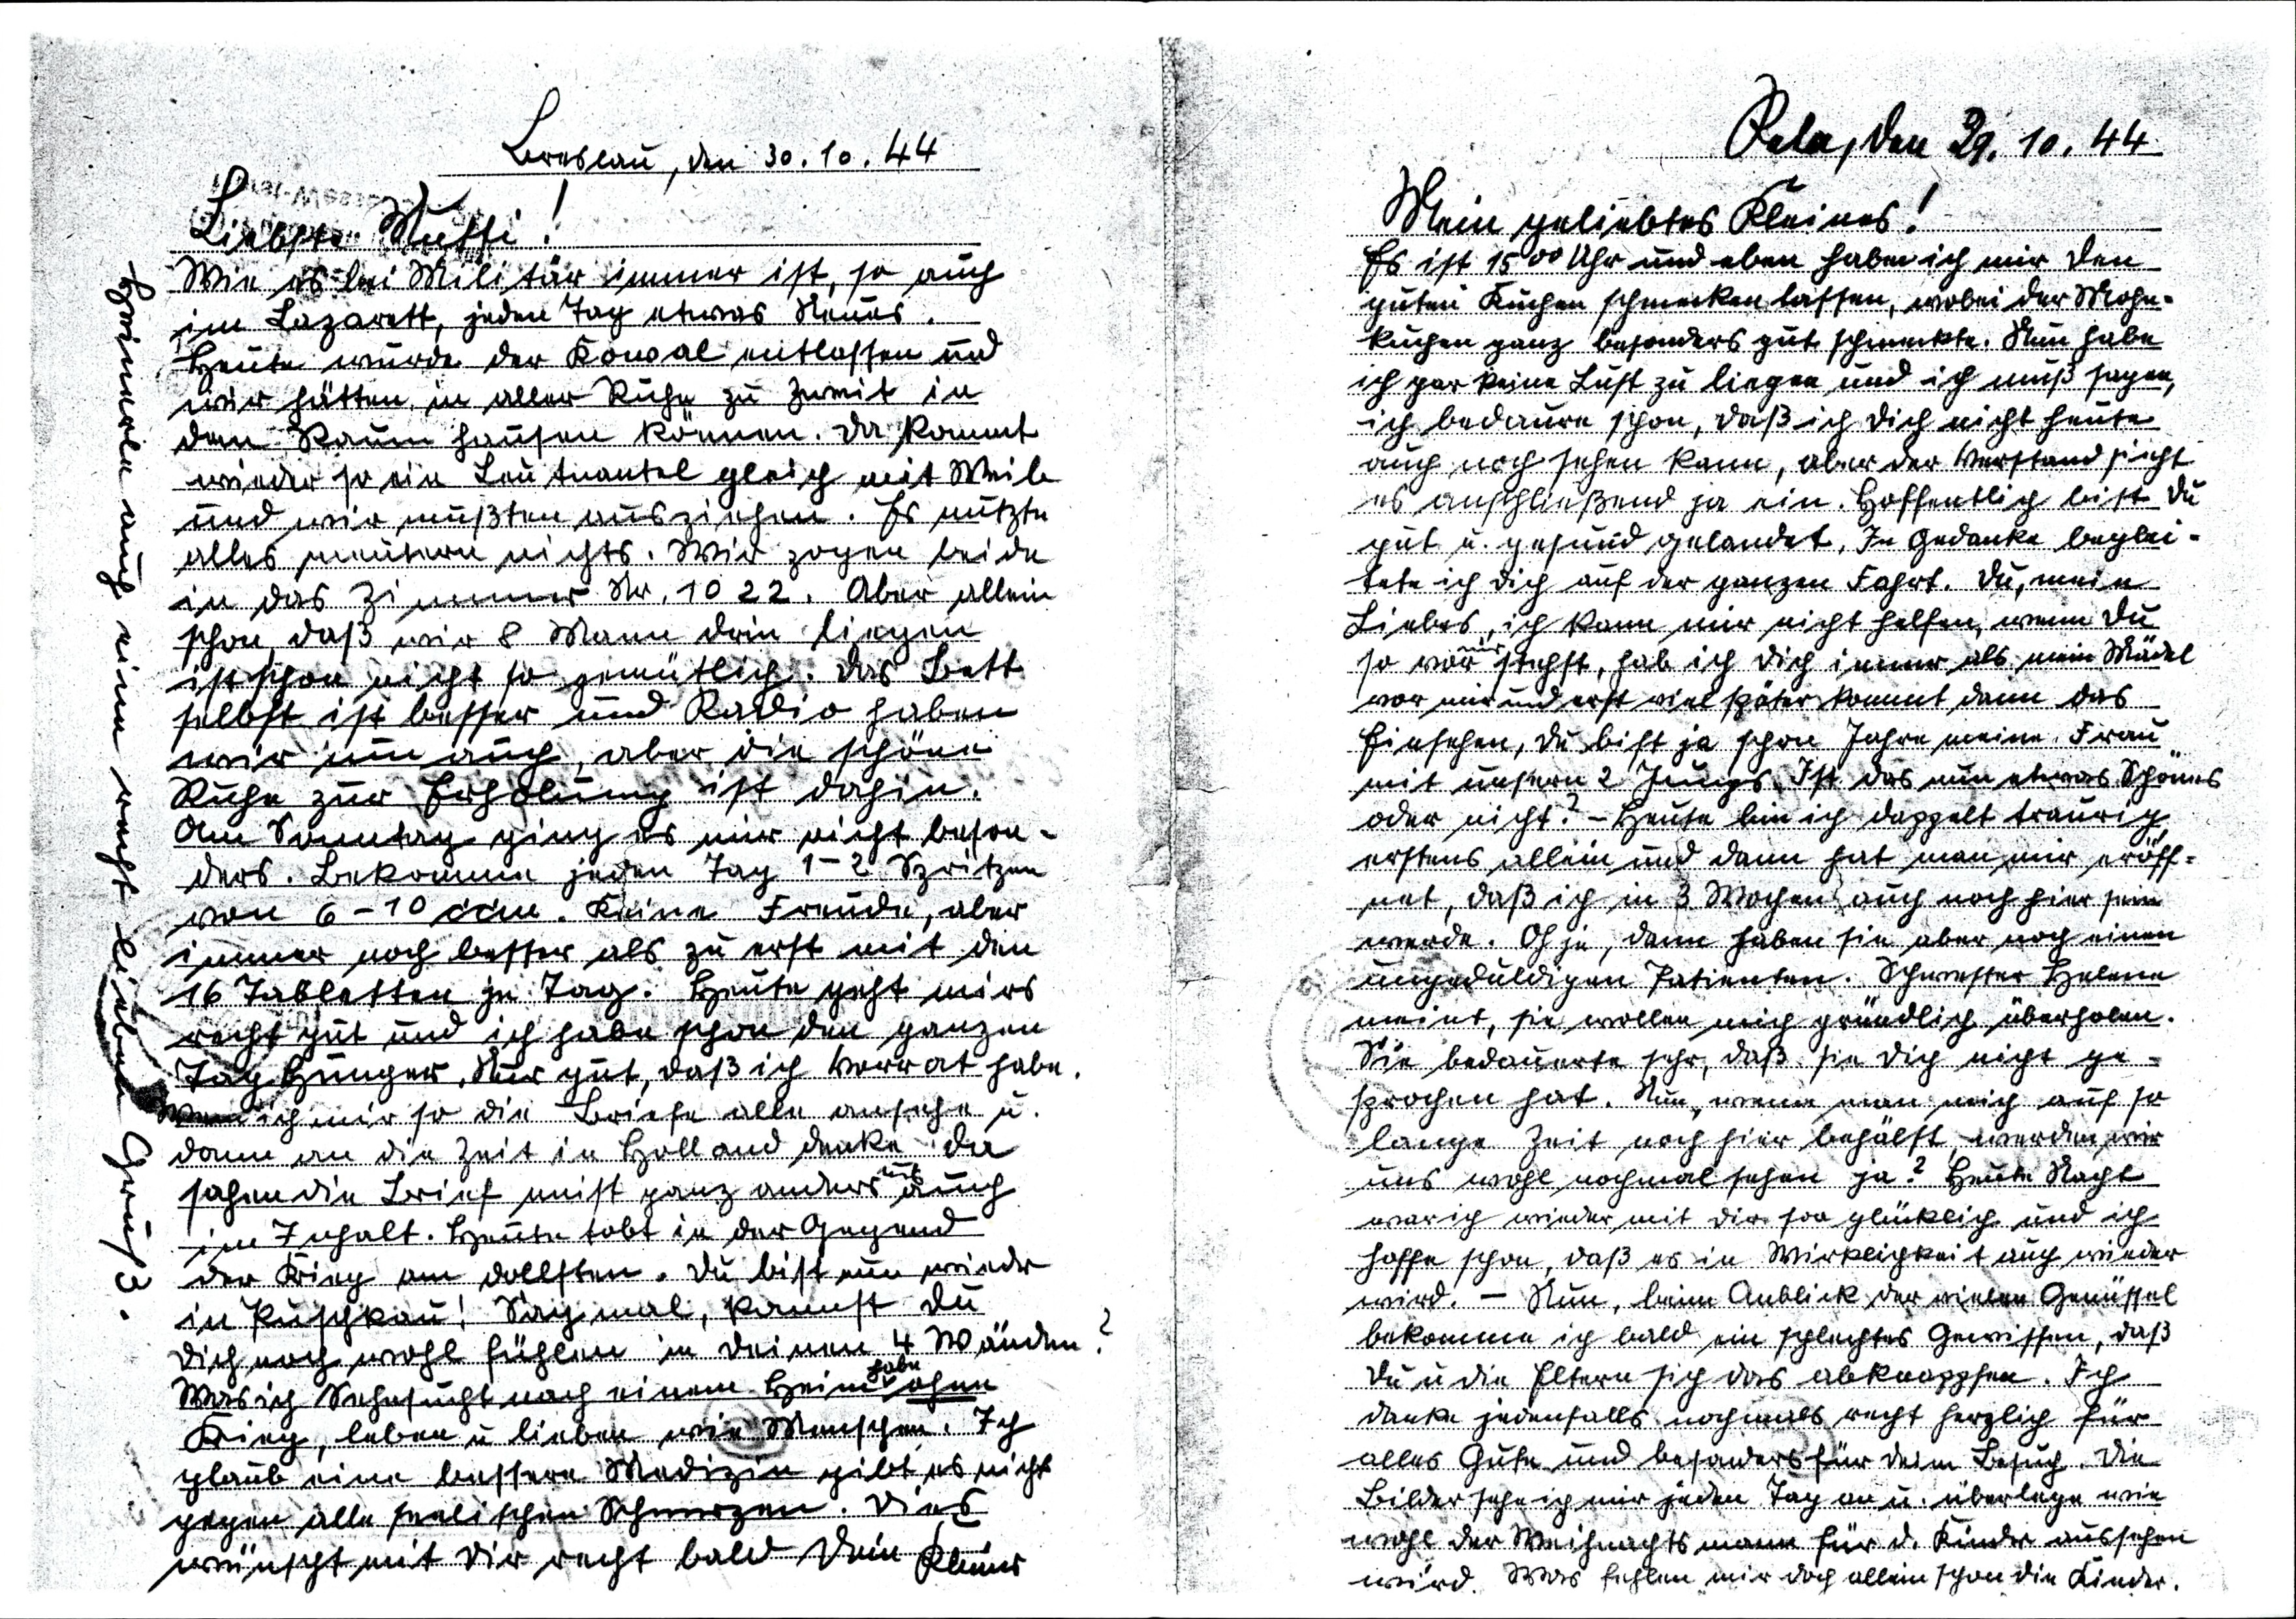
Pola, den 29. 10. 44
Mein geliebtes Kleines!
Es ist 15 00 Uhr und eben habe ich mir den
guten Kuchen schmecken lassen, wobei der Mohn¬
kuchen ganz besonders gut schmeckte. Nun habe
ich gar keine Lust zu liegen und ich muß sagen,
ich bedaure schon, daß ich Dich nicht heute
auch noch sehen kann, aber der Verstand sieht
es anschließend ja ein. Hoffentlich bist Du
gut u. gesund gelandet. In Gedanke beglei¬
tete ich Dich auf der ganzen Fahrt. Du, mein
Liebes, ich kann mir nicht helfen, wenn Du
so vor mir stehst, hab ich Dich immer als mein Mädl
vor mir und erst viel später kommt dann das
Einsehen, Du bist ja schon Jahre meine Frau
mit unseren 2 Jungs. Ist das nun etwas Schönes
oder nicht? - Heute bin ich doppelt traurig,
erstens allein und dann hat man mir eröff¬
net, daß ich in 3 Wochen auch noch hier sein
werde. Oh je, dann haben sie aber noch einen
ungeduldigen Patienten. Schwester Helene
meint, sie wollen mich gründlich überholen.
Sie bedauerte sehr, daß sie Dich nicht ge¬
sprochen hat. Nun, wenn man mich auf so
lange Zeit noch hier behält werden wir
uns wohl nochmal sehen ja? Heute Nacht
war ich wieder mit dir soo glücklich und ich
hoffe schon, daß es in Wirklichkeit auch wieder
wird. - Nun, beim Anblick der vielen Genüssel
bekomme ich bald ein schlechtes Gewissen, daß
Du u. die Eltern sich das abknappsen. Ich
danke jedenfalls nochmals recht herzlich für
alles Gute und besonders für dein Besuch. Die
Bilder sehe ich mir jeden Tag an u. überlege wie
wohl der Weihnachtsmann für d. Kinder aussehen
wird. Was fehlen mir doch allein schon die Kinder.

Breslau, den 30. 10. 44
Liebste Mutti !
Wie es bei Militär immer ist, so auch
im Lazarett, jeden Tag etwas Neues.
Heute wurde der Kowal entlassen und
wir hätten in aller Ruhe zu zweit in
dem Raum hausen können. Da kommt
wieder so ein Leutnantel gleich mit Weib
und wir mußten ausziehen. Es nutzte
alles meutern nichts. Wir zogen beide
in das Zimmer Nr. 1022. Aber allein
schon, daß wir 8 Mann drin liegen
ist schon nicht so gemütlich. Das Bett
selbst ist besser und Radio haben
wir nun auch, aber die schöne
Ruhe zur Erholung ist dahin.
Am Sonntag ging es mir nicht beson¬
ders. Bekomme jeden Tag 1-2 Spritzen
von 6 - 10 ccm. Keine Freude, aber
immer noch besser als zu erst mit den
16 Tabletten je Tag. Heute geht mirs
recht gut und ich habe schon den ganzen
Tag Hunger. Nur gut, daß ich Vorrat habe.
Wenn ich mir so die Briefe alle ansehe u.
dann an die Zeit in Holland denke da
sahen die Brief nicht ganz ander aus auch
im Inhalt. Heute tobt in der Gegend
der Krieg am dollsten. Du bist nun wieder
in Puschkau! Sag mal, kannst Du
Dich noch wohl fühlen in deinen 4 Wänden?
Was ich Sehnsucht nach einem Heim habe ohne
Krieg, leben und lieben wie Menschen. Ich
glaub eine bessere Medizin gibt es nicht
gegen alle seelischen Schmerzen. Dies
wünscht mit Dir recht bald Dein Kleiner
Heinerle auch einen recht lieben Gruß